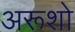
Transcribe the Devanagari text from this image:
अरूशो